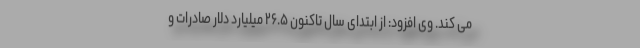
می کند. وی افزود: از ابتدای سال تاکنون ۲۶.۵ میلیارد دلار صادرات و